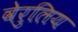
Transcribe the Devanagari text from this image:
वेरुलिय